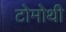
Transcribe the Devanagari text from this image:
टोमोथी